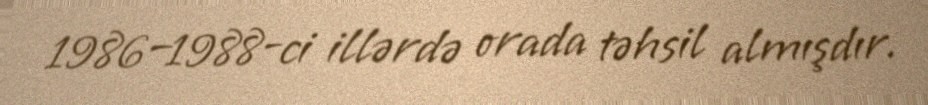
1986–1988-ci illərdə orada təhsil almışdır.